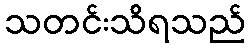
သတင်းသိရသည်